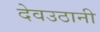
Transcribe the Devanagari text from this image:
देवउठानी